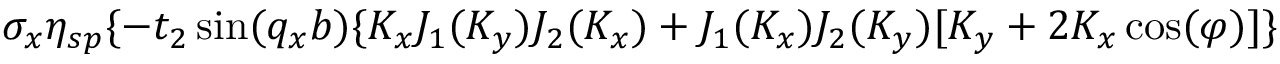
\sigma _ { x } \eta _ { s p } \{ - t _ { 2 } \sin ( q _ { x } b ) \{ K _ { x } J _ { 1 } ( K _ { y } ) J _ { 2 } ( K _ { x } ) + J _ { 1 } ( K _ { x } ) J _ { 2 } ( K _ { y } ) [ K _ { y } + 2 K _ { x } \cos ( \varphi ) ] \}